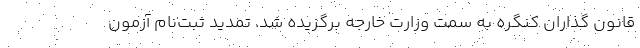
قانون گذاران کنگره به سمت وزارت خارجه برگزیده شد. تمدید ثبت‌نام آزمون